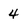
Character: 4